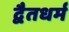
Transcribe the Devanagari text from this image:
द्वैतधर्म